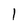
Character: l